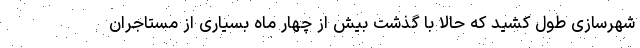
شهرسازی طول کشید که حالا با گذشت بیش از چهار ماه بسیاری از مستاجران